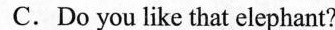
C.Do you like that elephant?